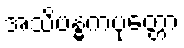
အသိဗန္ဓကပုတ္တော